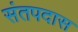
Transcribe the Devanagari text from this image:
संतपदास